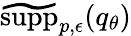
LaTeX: \widetilde{\mathrm{supp}}_{p,\epsilon}(q_{\theta})